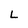
Character: L